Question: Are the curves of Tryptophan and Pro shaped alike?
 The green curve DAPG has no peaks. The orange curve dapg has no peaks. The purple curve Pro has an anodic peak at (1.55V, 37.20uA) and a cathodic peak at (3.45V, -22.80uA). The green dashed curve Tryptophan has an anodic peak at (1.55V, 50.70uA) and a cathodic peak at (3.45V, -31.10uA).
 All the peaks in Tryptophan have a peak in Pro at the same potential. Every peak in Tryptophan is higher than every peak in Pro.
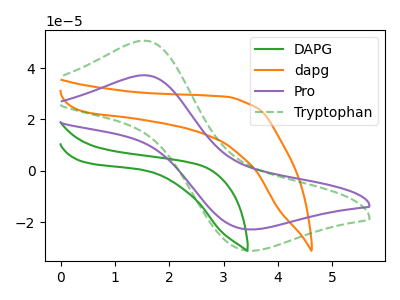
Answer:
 <answer>"Tryptophan" and "Pro" are similar in shape.</answer>
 <eval>same_shape</eval>